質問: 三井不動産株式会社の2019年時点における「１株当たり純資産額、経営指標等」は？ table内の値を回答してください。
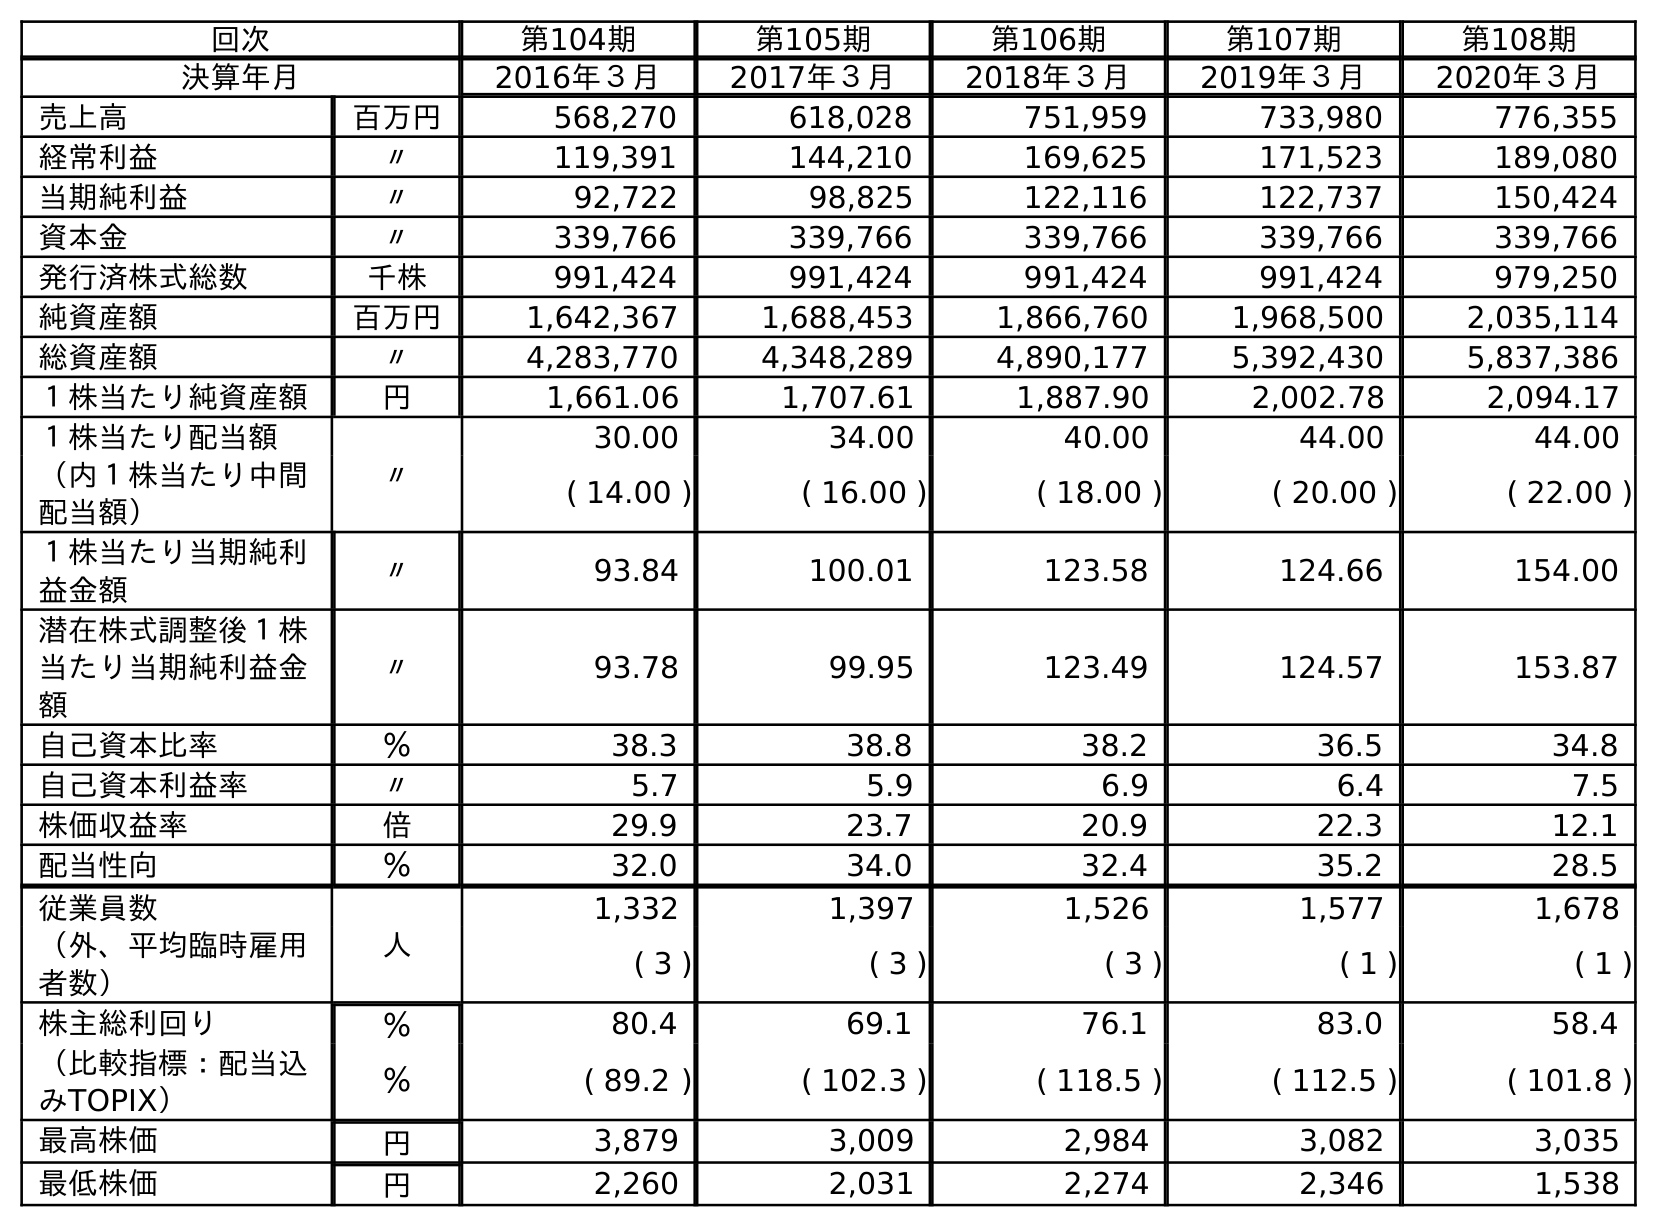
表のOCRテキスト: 回次 第104期 第105期 第106期 第107期 第108期 決算年月 2016年３月 2017年３月 2018年３月 2019年３月 2020年３月 売上高 百万円 568,270 618,028 751,959 733,980 776,355 経常利益 〃 119,391 144,210 169,625 171,523 189,080 当期純利益 〃 92,722 98,825 122,116 122,737 150,424 資本金 〃 339,766 339,766 339,766 339,766 339,766 発行済株式総数 千株 991,424 991,424 991,424 991,424 979,250 純資産額 百万円 1,642,367 1,688,453 1,866,760 1,968,500 2,035,114 総資産額 〃 4,283,770 4,348,289 4,890,177 5,392,430 5,837,386 １株当たり純資産額 円 1,661.06 1,707.61 1,887.90 2,002.78 2,094.17 １株当たり配当額 〃 30.00 34.00 40.00 44.00 44.00 （内１株当たり中間 配当額） ( 14.00 ) ( 16.00 ) ( 18.00 ) ( 20.00 ) ( 22.00 ) １株当たり当期純利 益金額 〃 93.84 100.01 123.58 124.66 154.00 潜在株式調整後１株 当たり当期純利益金 額 〃 93.78 99.95 123.49 124.57 153.87 自己資本比率 ％ 38.3 38.8 38.2 36.5 34.8 自己資本利益率 〃 5.7 5.9 6.9 6.4 7.5 株価収益率 倍 29.9 23.7 20.9 22.3 12.1 配当性向 ％ 32.0 34.0 32.4 35.2 28.5 従業員数 人 1,332 1,397 1,526 1,577 1,678 （外、平均臨時雇用 者数） ( 3 ) ( 3 ) ( 3 ) ( 1 ) ( 1 ) 株主総利回り ％ 80.4 69.1 76.1 83.0 58.4 （比較指標：配当込 みTOPIX） ％ ( 89.2 ) ( 102.3 ) ( 118.5 ) ( 112.5 ) ( 101.8 ) 最高株価 円 3,879 3,009 2,984 3,082 3,035 最低株価 円 2,260 2,031 2,274 2,346 1,538
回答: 2,002.78